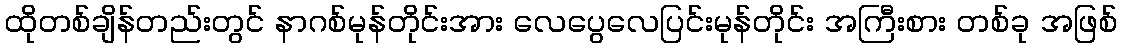
ထိုတစ်ချိန်တည်းတွင် နာဂစ်မုန်တိုင်းအား လေပွေလေပြင်းမုန်တိုင်း အကြီးစား တစ်ခု အဖြစ်